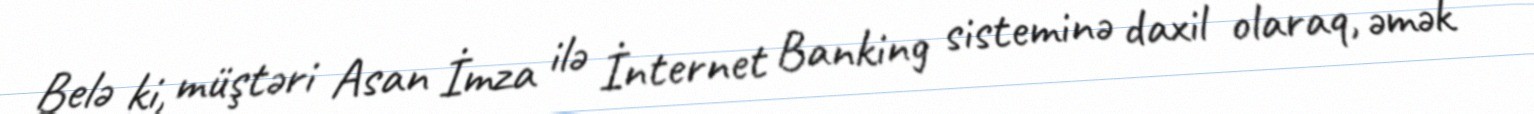
Belə ki, müştəri Asan İmza ilə İnternet Banking sisteminə daxil olaraq, əmək